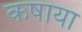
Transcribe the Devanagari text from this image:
कषाया